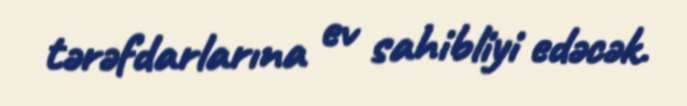
tərəfdarlarına ev sahibliyi edəcək.